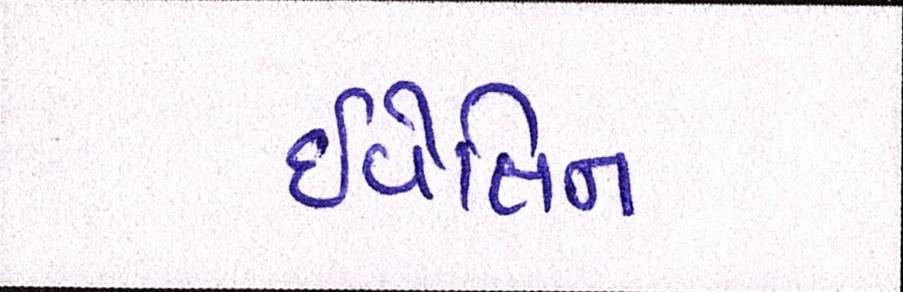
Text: ઇવેલિન